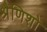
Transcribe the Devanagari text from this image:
श्रैणिशो